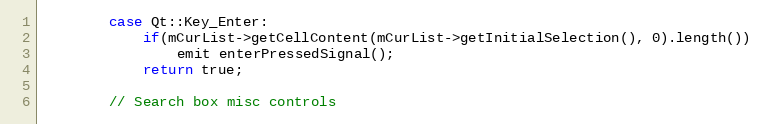
Language: C++
        case Qt::Key_Enter:
            if(mCurList->getCellContent(mCurList->getInitialSelection(), 0).length())
                emit enterPressedSignal();
            return true;

        // Search box misc controls